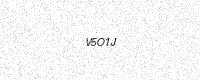
Text: V5O1J